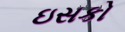
ઇસકો